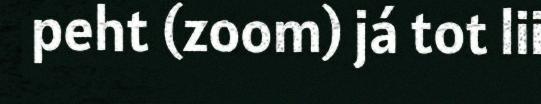
peht (zoom) já tot lii